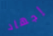
إجهاد